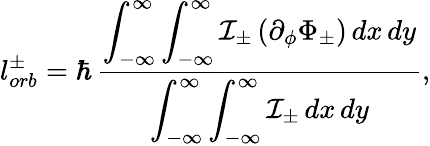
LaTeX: l_{orb}^{\pm}=\hbar\, \frac{\displaystyle\int_{-\infty}^{\infty}\int_{-\infty}^{\infty}\mathcal{I}_{\pm}\, (\partial_{\phi}\Phi_{\pm})\, dx\, dy}{\displaystyle\int_{-\infty}^{\infty}\int_{-\infty}^{\infty}\mathcal{I}_{\pm}\, dx\, dy},